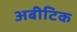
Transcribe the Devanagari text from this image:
अबीटिक